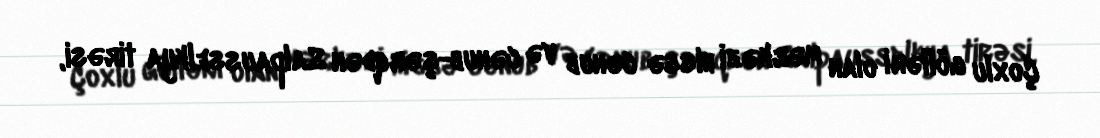
Çoxlu gölləri olan mərkəzi hissə cənub və cənub-şərqdən Salpausselkya tirəsi,